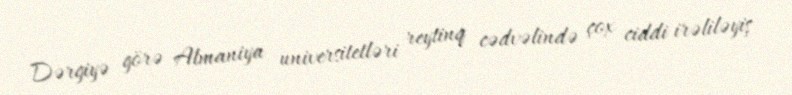
Dərgiyə görə Almaniya universitetləri reytinq cədvəlində çox ciddi irəliləyiş